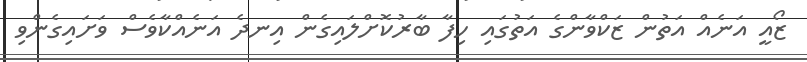
ޒޯއީ އަނެއް އަތުން ޒަކްވާންގެ އަތުގައި ހިފާ ބާރުކޮށްލައިގެން އިނދެ އަނެއްކާވެސް ވަށައިގެންވި